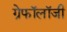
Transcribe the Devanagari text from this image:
ग्रेफॉलॉजी